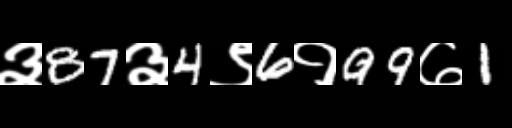
Text: ३87३4९6१99७1